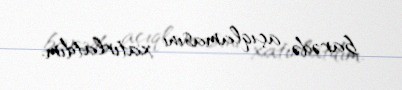
barədə açıqlamasını xatırlatdım.